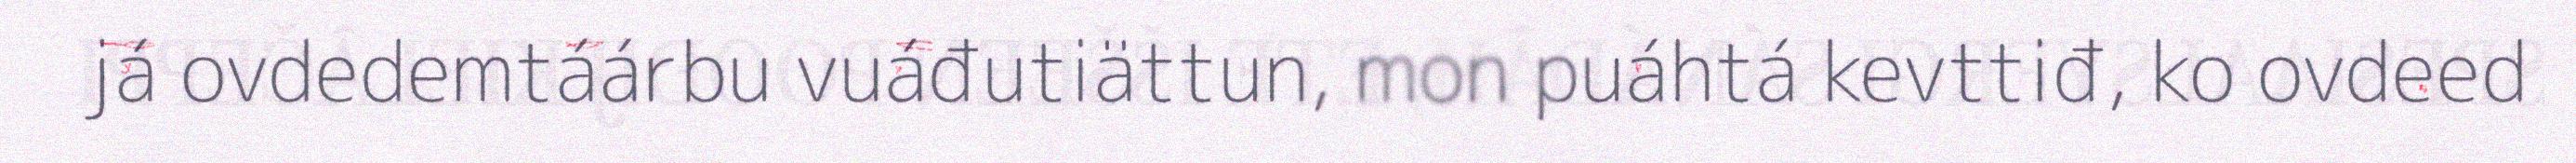
já ovdedemtáárbu vuáđutiättun, mon puáhtá kevttiđ, ko ovdeed